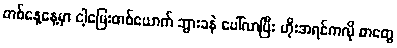
တစ်နေ့နေ့မှာ ငါ့မြေးတစ်ယောက် ဘွားခနဲ ပေါ်လာပြီး ဟိုးအရင်ကလို စာတွေ